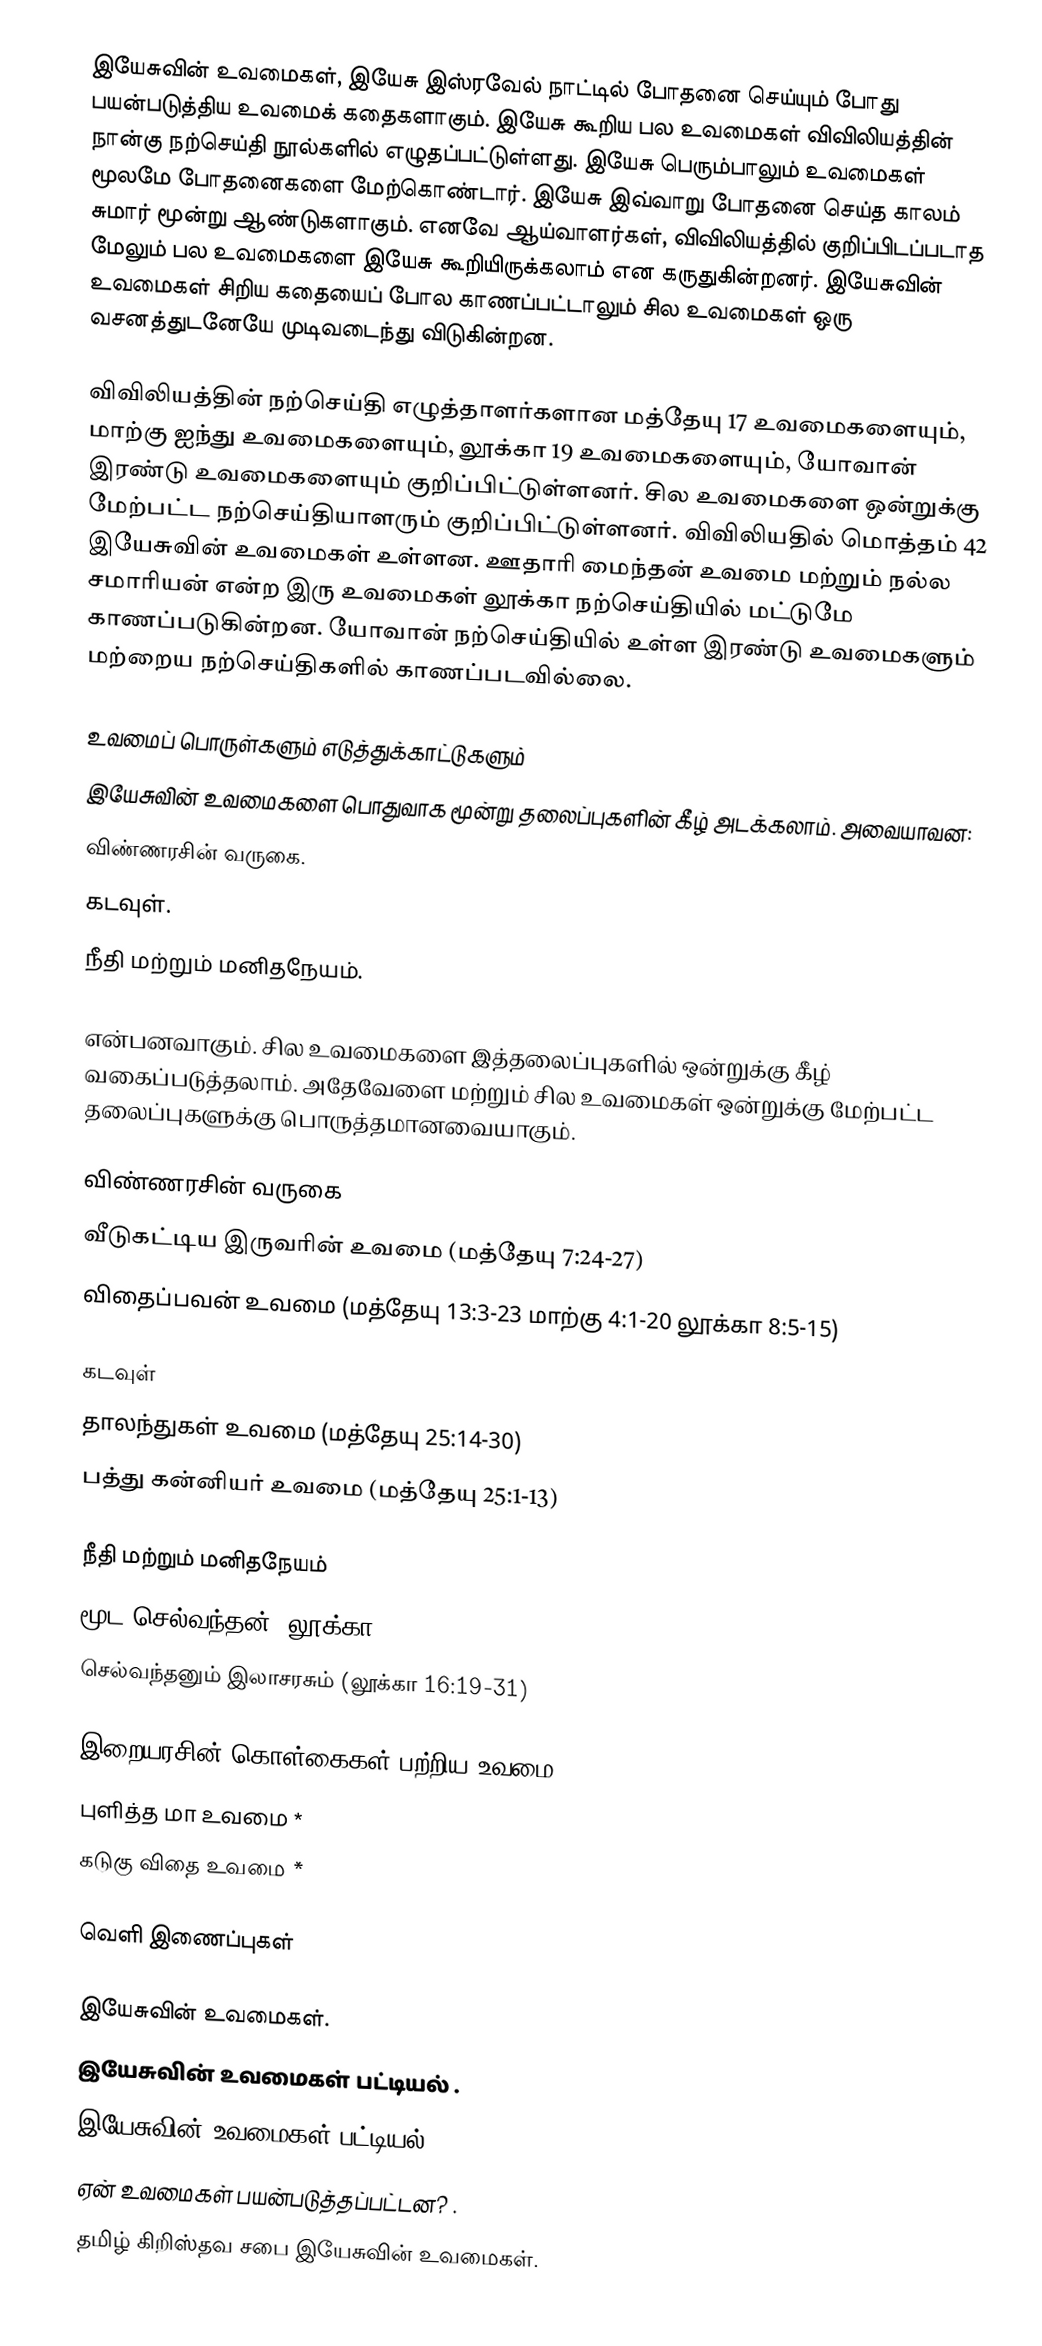
இயேசுவின் உவமைகள், இயேசு இஸ்ரவேல் நாட்டில் போதனை செய்யும் போது பயன்படுத்திய உவமைக் கதைகளாகும். இயேசு கூறிய பல உவமைகள் விவிலியத்தின் நான்கு நற்செய்தி நூல்களில் எழுதப்பட்டுள்ளது. இயேசு பெரும்பாலும் உவமைகள் மூலமே போதனைகளை மேற்கொண்டார். இயேசு இவ்வாறு போதனை செய்த காலம் சுமார் மூன்று ஆண்டுகளாகும். எனவே ஆய்வாளர்கள், விவிலியத்தில் குறிப்பிடப்படாத மேலும் பல உவமைகளை இயேசு கூறியிருக்கலாம் என கருதுகின்றனர். இயேசுவின் உவமைகள் சிறிய கதையைப் போல காணப்பட்டாலும் சில உவமைகள் ஒரு வசனத்துடனேயே முடிவடைந்து விடுகின்றன.

விவிலியத்தின் நற்செய்தி எழுத்தாளர்களான மத்தேயு 17 உவமைகளையும், மாற்கு ஐந்து உவமைகளையும், லூக்கா 19 உவமைகளையும், யோவான் இரண்டு  உவமைகளையும் குறிப்பிட்டுள்ளனர். சில உவமைகளை ஒன்றுக்கு மேற்பட்ட நற்செய்தியாளரும் குறிப்பிட்டுள்ளனர். விவிலியதில் மொத்தம் 42 இயேசுவின் உவமைகள் உள்ளன. ஊதாரி மைந்தன் உவமை மற்றும் நல்ல சமாரியன் என்ற இரு உவமைகள் லூக்கா நற்செய்தியில் மட்டுமே காணப்படுகின்றன. யோவான் நற்செய்தியில் உள்ள இரண்டு உவமைகளும் மற்றைய நற்செய்திகளில் காணப்படவில்லை.

உவமைப் பொருள்களும் எடுத்துக்காட்டுகளும்
இயேசுவின் உவமைகளை பொதுவாக மூன்று தலைப்புகளின் கீழ் அடக்கலாம். அவையாவன:
 விண்ணரசின் வருகை.
 கடவுள்.
 நீதி மற்றும் மனிதநேயம்.

என்பனவாகும். சில உவமைகளை இத்தலைப்புகளில் ஒன்றுக்கு கீழ் வகைப்படுத்தலாம். அதேவேளை மற்றும் சில உவமைகள் ஒன்றுக்கு மேற்பட்ட தலைப்புகளுக்கு பொருத்தமானவையாகும்.

விண்ணரசின் வருகை
 வீடுகட்டிய இருவரின் உவமை (மத்தேயு 7:24-27)
 விதைப்பவன் உவமை (மத்தேயு 13:3-23 மாற்கு 4:1-20 லூக்கா 8:5-15)

கடவுள்
 தாலந்துகள் உவமை (மத்தேயு 25:14-30)
 பத்து கன்னியர் உவமை (மத்தேயு 25:1-13)

நீதி மற்றும் மனிதநேயம்
 மூட செல்வந்தன் (லூக்கா 12:16-21)
 செல்வந்தனும் இலாசரசும் (லூக்கா 16:19-31)

இறையரசின் கொள்கைகள் பற்றிய உவமை
 புளித்த மா உவமை *
 கடுகு விதை உவமை *

வெளி இணைப்புகள்

 இயேசுவின் உவமைகள்.
 இயேசுவின் உவமைகள் பட்டியல் .
 இயேசுவின் உவமைகள் பட்டியல்.
 ஏன் உவமைகள் பயன்படுத்தப்பட்டன? .
 தமிழ் கிறிஸ்தவ சபை  இயேசுவின் உவமைகள்.